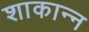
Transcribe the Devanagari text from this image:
शाकान्न